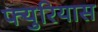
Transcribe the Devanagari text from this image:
फ्युरियास